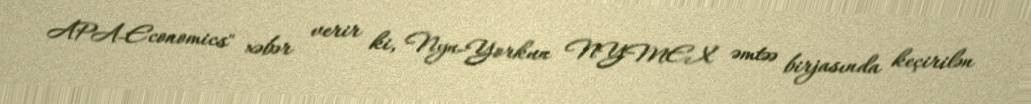
APA-Economics" xəbər verir ki, Nyu-Yorkun NYMEX əmtəə birjasında keçirilən